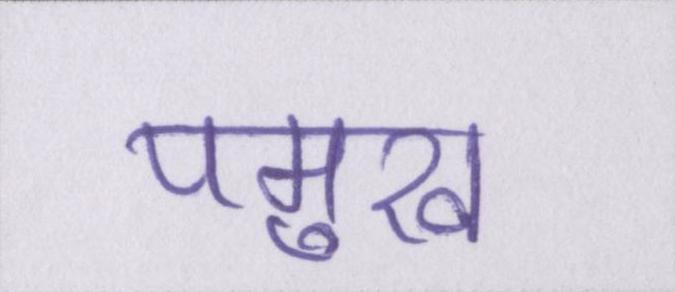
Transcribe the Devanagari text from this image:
पमुख